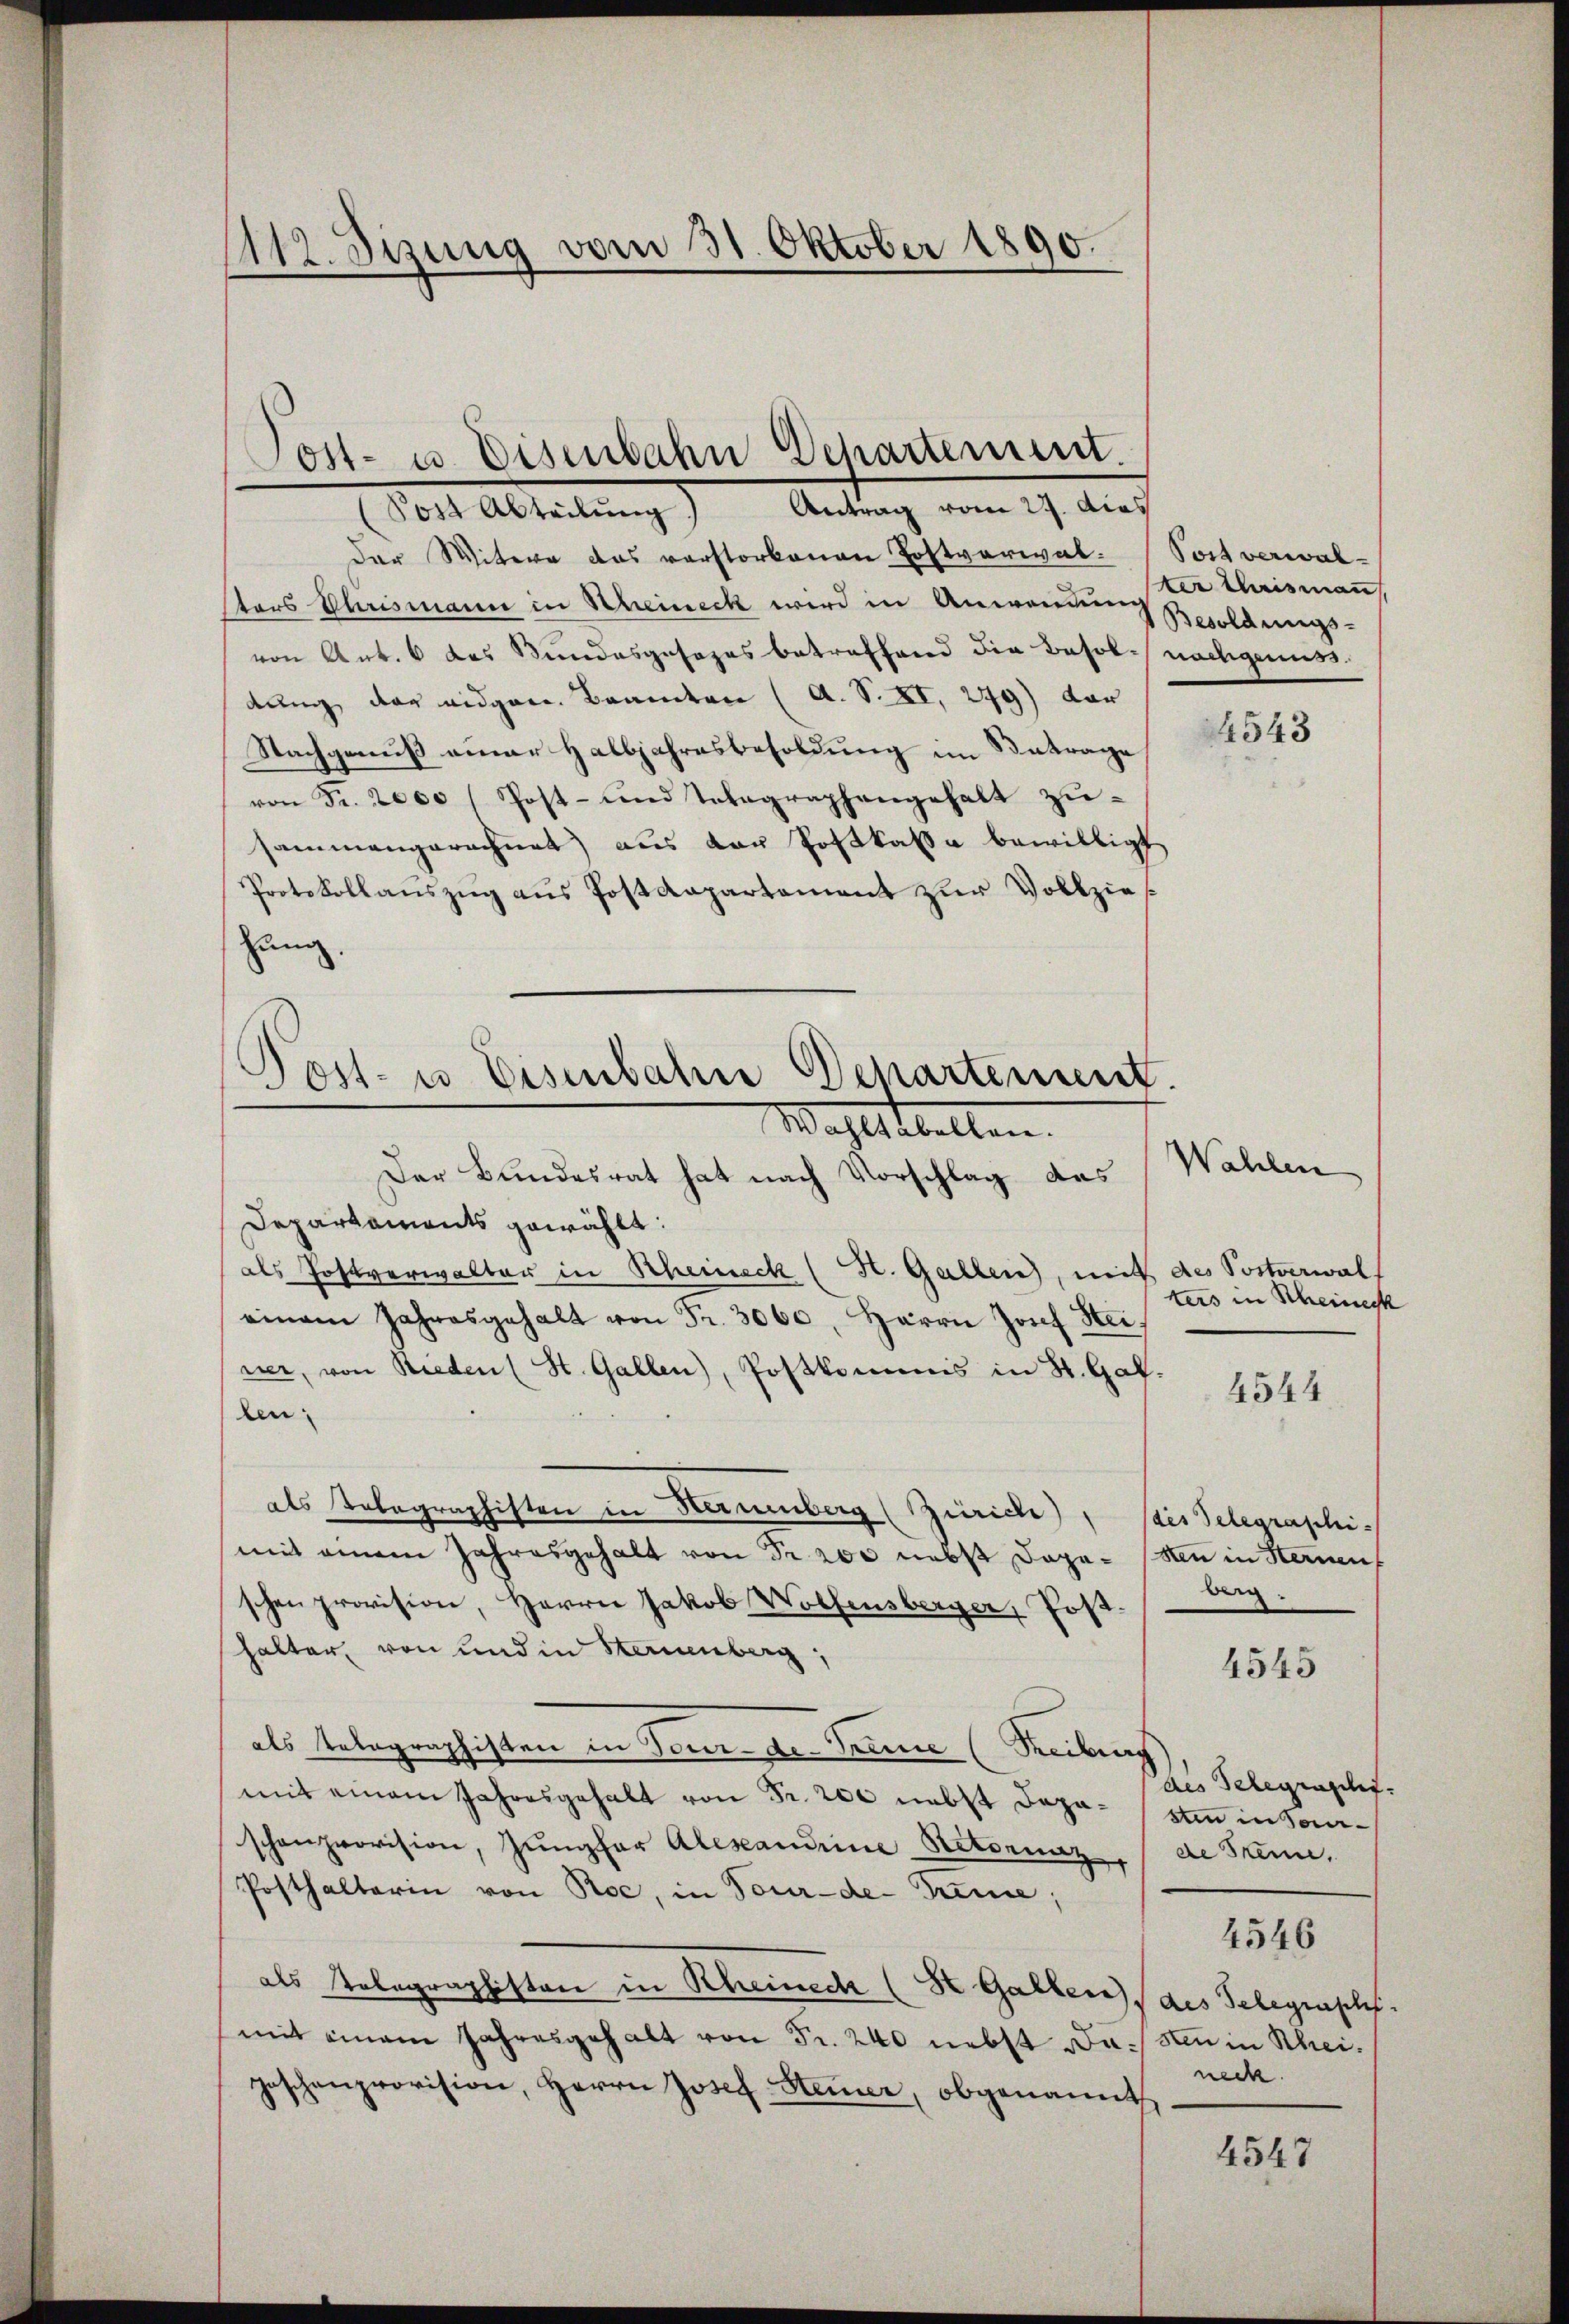
112. Sizung vom 31. Oktober 1890.

Post- u. Eisenbahn Departement.
dl. Abteilung) Antrag vom 19. Auf

der Witwe das verstorbenen Postverwal-Post verwalters Plurismann in Rheineck wird in Anwendung
von Art. 6 das Bundesgesezes betreffend die Besol nachgenuss.
dung der eidgen. Beamten (A. S. XI. 279) dar
Nachgenuß einer Halbjahresbesoldung im Betrage
von Fr. 2000 (Post- und Telegraphengehalt zusammengerechnet) aus der Postkasse bewilligt
Protokollaŭszŭg aŭs Postdepartement zŭr Vollzie
zung.
Post- u. Eisenbahn Departement.

Der Bundesrat hat nach Vorschlag des
Departaments gewählt:
als Postverwalter in Scheineck (H. Gallen, mit des Postverwalt
einem Jahresgehalt von Fr. 3060, Herrn Josef Steiner, von Rieden (St. Gallen), Postkommnis in St. Gal.
len
als Telegraphisten in Hermenberg (Zürich), Sais Telegraphi-
mit einem Jahresgehalt von Fr. 200 nebst Dopa- (sten in Sternen
schen provision, Herrn Jakob Wolfensberger, Post-
halter, von und in Sternenberg,
als Telegraphisten in Sonnte. Seine (Reiburg
mit einem Jahresgehalt von Fr. 200 nebst Departen in Saarschenprovision, Jungfer Alexandrine Retornaz
Posthalterin von Roc, in Tour-de- Trime;
als Telegraphiston in Rheinech (St. Gallen des Telegraphs
mit einem Jahresgehalt von Fr. 240 nebst Du sten in Rheigeschenprovision, Herrn Josef Steiner, obgenannt

Mahlsthalten.

ter Meismann
Besoldungs-

4543

Wahlen
ters in Scheineck

4544

berg.

4545

des Telegrascht.
de Skann.
4546
neck.

4547